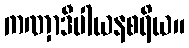
ကဏှာဒီပါယနစရိယ။